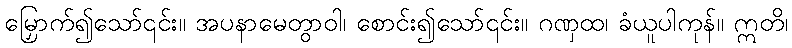
မြှောက်၍သော်၎င်း။ အပနာမေတွာဝါ၊ စောင်း၍သော်၎င်း။ ဂဏှထ၊ ခံယူပါကုန်။ ဣတိ၊